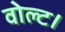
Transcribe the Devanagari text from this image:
वोल्ट।